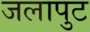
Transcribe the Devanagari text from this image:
जलापुट